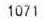
1071